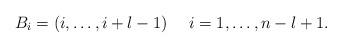
LaTeX: \begin{align*} B_i = (i, \dots , i+l-1) \ \ \ \ i=1, \dots ,n-l+1.\end{align*}